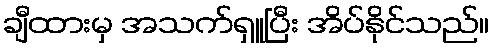
ချီထားမှ အသက်ရှူပြီး အိပ်နိုင်သည်။